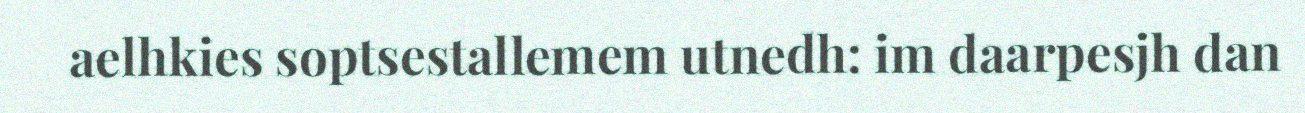
aelhkies soptsestallemem utnedh: im daarpesjh dan